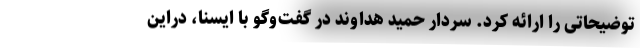
توضیحاتی را ارائه کرد. سردار حمید هداوند در گفت‌وگو با ایسنا، دراین